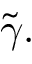
\widetilde { \gamma } .